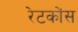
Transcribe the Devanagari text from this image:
रेटकोंस